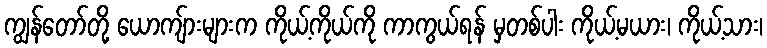
ကျွန်တော်တို့ ယောကျ်ားများက ကိုယ့်ကိုယ်ကို ကာကွယ်ရန် မှတစ်ပါး ကိုယ့်မယား၊ ကိုယ့်သား၊